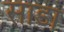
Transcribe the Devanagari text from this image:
साडा